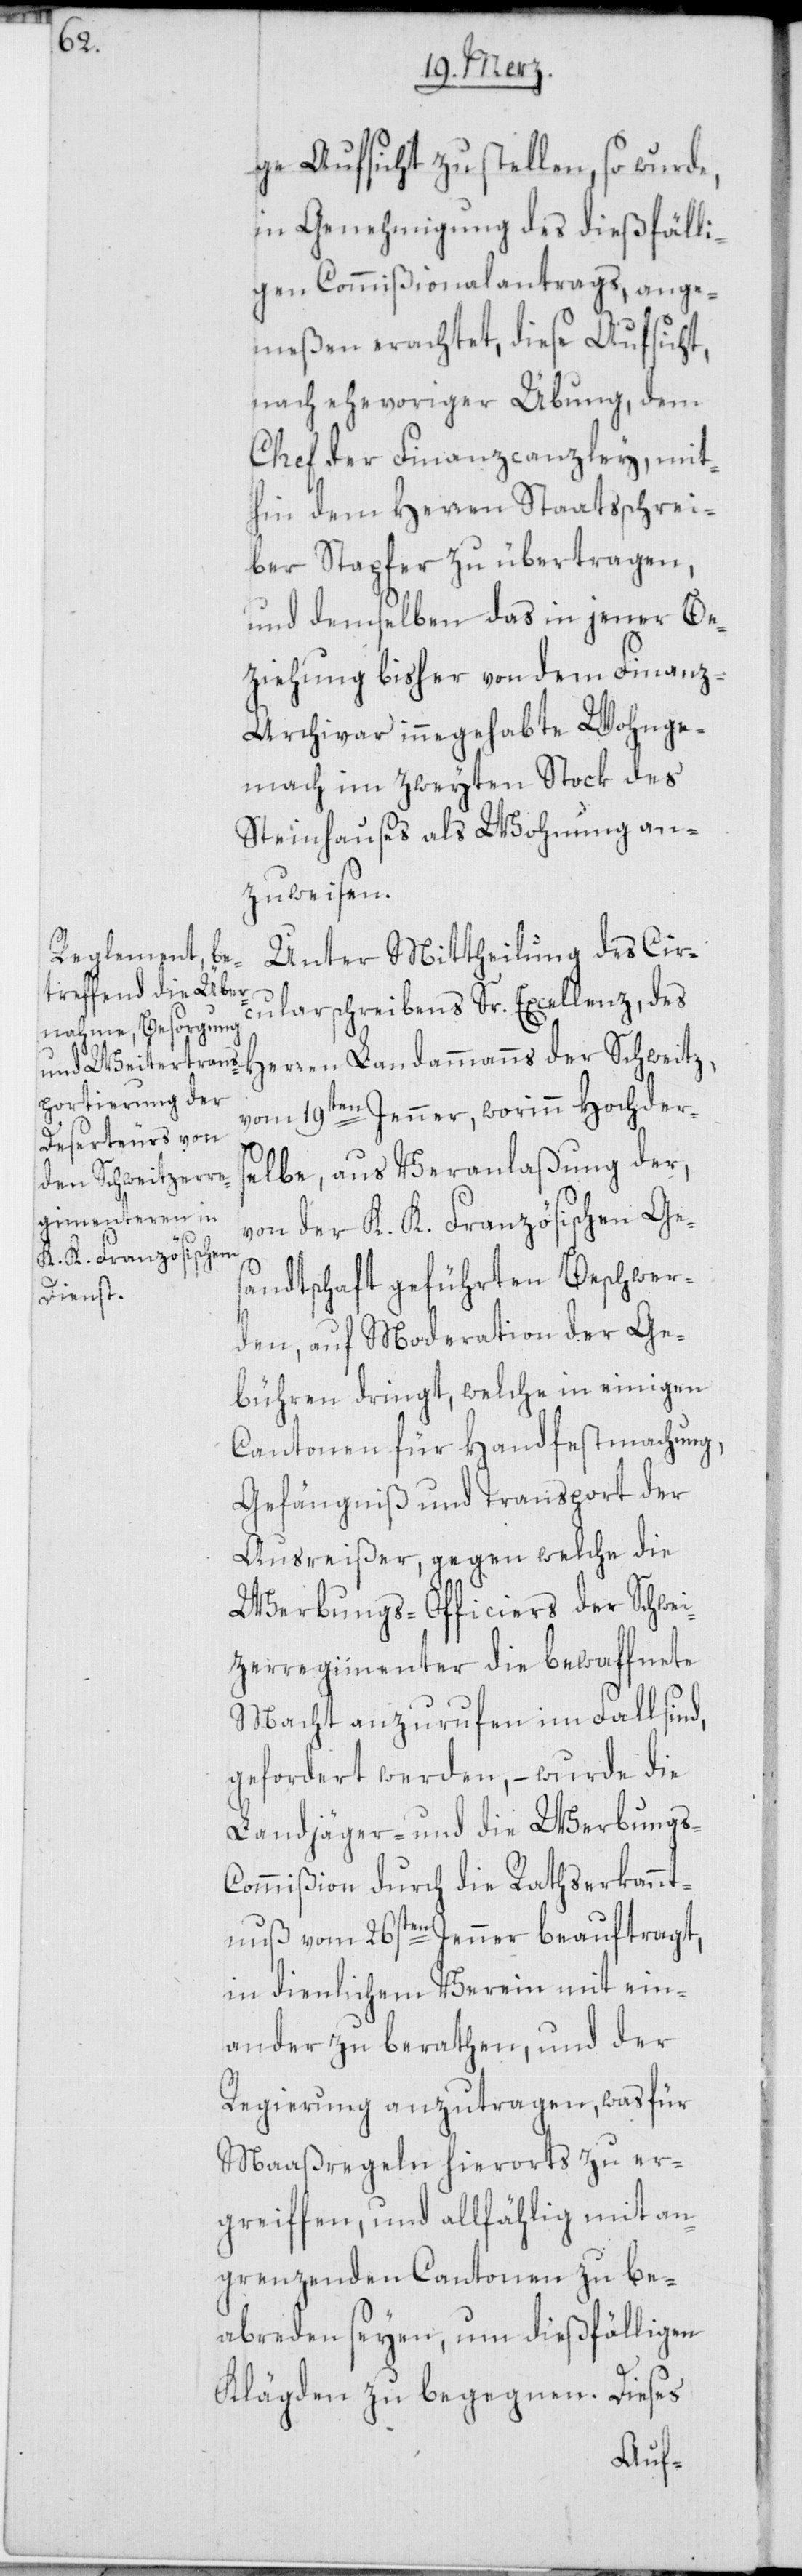
ge Aufsicht zu stellen, so wurde,
in Genehmigung des dießfälli¬
gen Commißionalantrags, ange¬
meßen erachtet, diese Aufsicht,
nach ehevoriger Übung, dem
Chef der Finanzcanzley, mit¬
hin dem Herren Staatsschrei¬
ber Stapfer zu übertragen,
und demselben das in jener Be¬
ziehung bisher von dem Finanz-
Archivar innegehabte Wohnge¬
mach im zweyten Stok des
Steinhauses als Wohnung an¬
zuweisen.
Unter Mittheilung des Cir¬
cularschreibens Sr. Excellenz, des
Herren Landammanns der Schweitz,
vom 19ten Jenner, worinn Hochders¬
elbe, aus Veranlaßung der,
von der K. K. Französischen Ges¬
andtschaft geführten Beschwer¬
den, auf Moderation der Ge¬
bühren dringt, welche in einigen
Cantonen für Handfestmachung,
Gefängnß und Transport der
Ausreißer, gegen welche die
Werbungs-Officiers der Schwei¬
tzerregimenter die bewaffnete
Macht anzurufen im Fall sind,
gefordert werden, – wurde die
Landjäger- und die Werbungs-C¬
ommißion durch die Rathserkannt¬
nuß vom 26sten Jenner beauftragt,
in dienlichem Verein mit ein¬
ander zu berathen, und der
Regierung anzutragen, was für
Maaßregeln hierorts zu er¬
greiffen, und allfählig mit an¬
grenzenden Cantonen zu be¬
abreden seyen, um dießfälligen
Klägden zu begegnen. Dieses